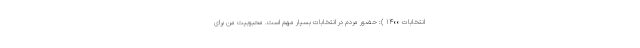
انتخابات ۱۴۰۰ ): حضور مردم در انتخابات بسیار مهم است. محبوبیت من برای